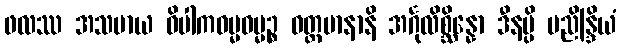
ဖလဿ အသမာယ ဝိပါကဓမ္မဓမ္မဉ္စ ဝတ္တမာနာနိ အင်္ဂုလိစ္ဆိန္နော ဒီနမ္ပိ ပညိန္ဒြိယံ